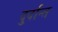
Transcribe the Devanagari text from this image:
दु्र्दान्त